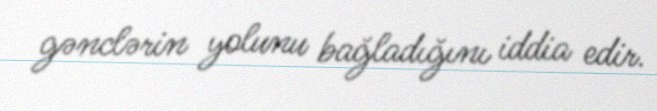
gənclərin yolunu bağladığını iddia edir.